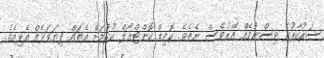
ސަރުކާރުގެ ވިސްނުމެއް އޭރުވެސް ނެތެވެ. ކޮވިޑް ކޮންޓްރޯލް ކުރުމަށް އެތައް ފިޔަވަޅެއް އެޅިއެވެ.